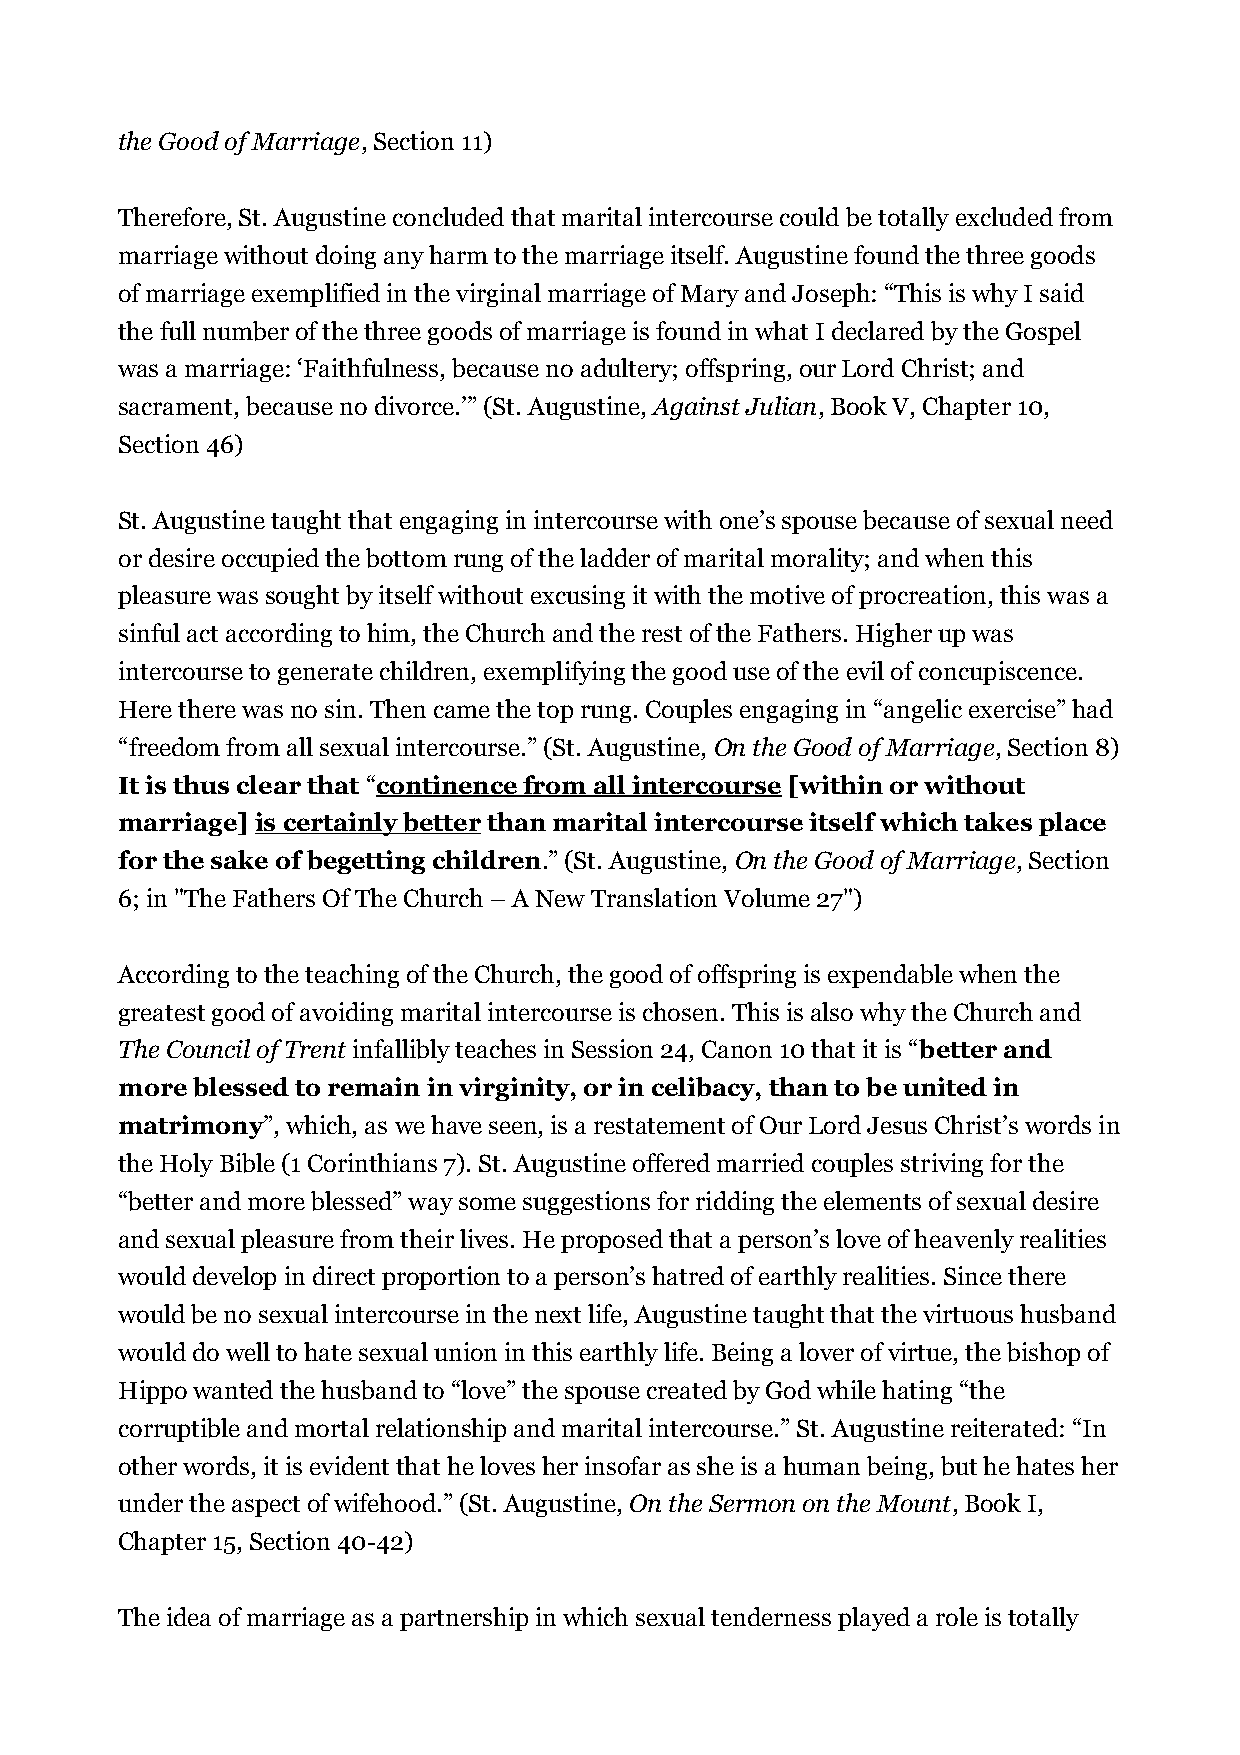
the Good of Marriage, Section 11)
 Therefore, St. Augustine concluded that marital intercourse could be totally excluded from
 marriage without doing any harm to the marriage itself. Augustine found the three goods
 of marriage exemplified in the virginal marriage of Mary and Joseph: “This is why I said
 the full number of the three goods of marriage is found in what I declared by the Gospel
 was a marriage: ‘Faithfulness, because no adultery; offspring, our Lord Christ; and
 sacrament, because no divorce.’” (St. Augustine, Against Julian, Book V, Chapter 10,
 Section 46)
 St. Augustine taught that engaging in intercourse with one’s spouse because of sexual need
 or desire occupied the bottom rung of the ladder of marital morality; and when this
 pleasure was sought by itself without excusing it with the motive of procreation, this was a
 sinful act according to him, the Church and the rest of the Fathers. Higher up was
 intercourse to generate children, exemplifying the good use of the evil of concupiscence.
 Here there was no sin. Then came the top rung. Couples engaging in “angelic exercise” had
 “freedom from all sexual intercourse.” (St. Augustine, On the Good of Marriage, Section 8)
 It is thus clear that “continence from all intercourse [within or without
 marriage] is certainly better than marital intercourse itself which takes place
 for the sake of begetting children.” (St. Augustine, On the Good of Marriage, Section
 6; in "The Fathers Of The Church – A New Translation Volume 27")
 According to the teaching of the Church, the good of offspring is expendable when the
 greatest good of avoiding marital intercourse is chosen. This is also why the Church and
 The Council of Trent infallibly teaches in Session 24, Canon 10 that it is “better and
 more blessed to remain in virginity, or in celibacy, than to be united in
 matrimony”, which, as we have seen, is a restatement of Our Lord Jesus Christ’s words in
 the Holy Bible (1 Corinthians 7). St. Augustine offered married couples striving for the
 “better and more blessed” way some suggestions for ridding the elements of sexual desire
 and sexual pleasure from their lives. He proposed that a person’s love of heavenly realities
 would develop in direct proportion to a person’s hatred of earthly realities. Since there
 would be no sexual intercourse in the next life, Augustine taught that the virtuous husband
 would do well to hate sexual union in this earthly life. Being a lover of virtue, the bishop of
 Hippo wanted the husband to “love” the spouse created by God while hating “the
 corruptible and mortal relationship and marital intercourse.” St. Augustine reiterated: “In
 other words, it is evident that he loves her insofar as she is a human being, but he hates her
 under the aspect of wifehood.” (St. Augustine, On the Sermon on the Mount, Book I,
 Chapter 15, Section 40-42)
 The idea of marriage as a partnership in which sexual tenderness played a role is totally